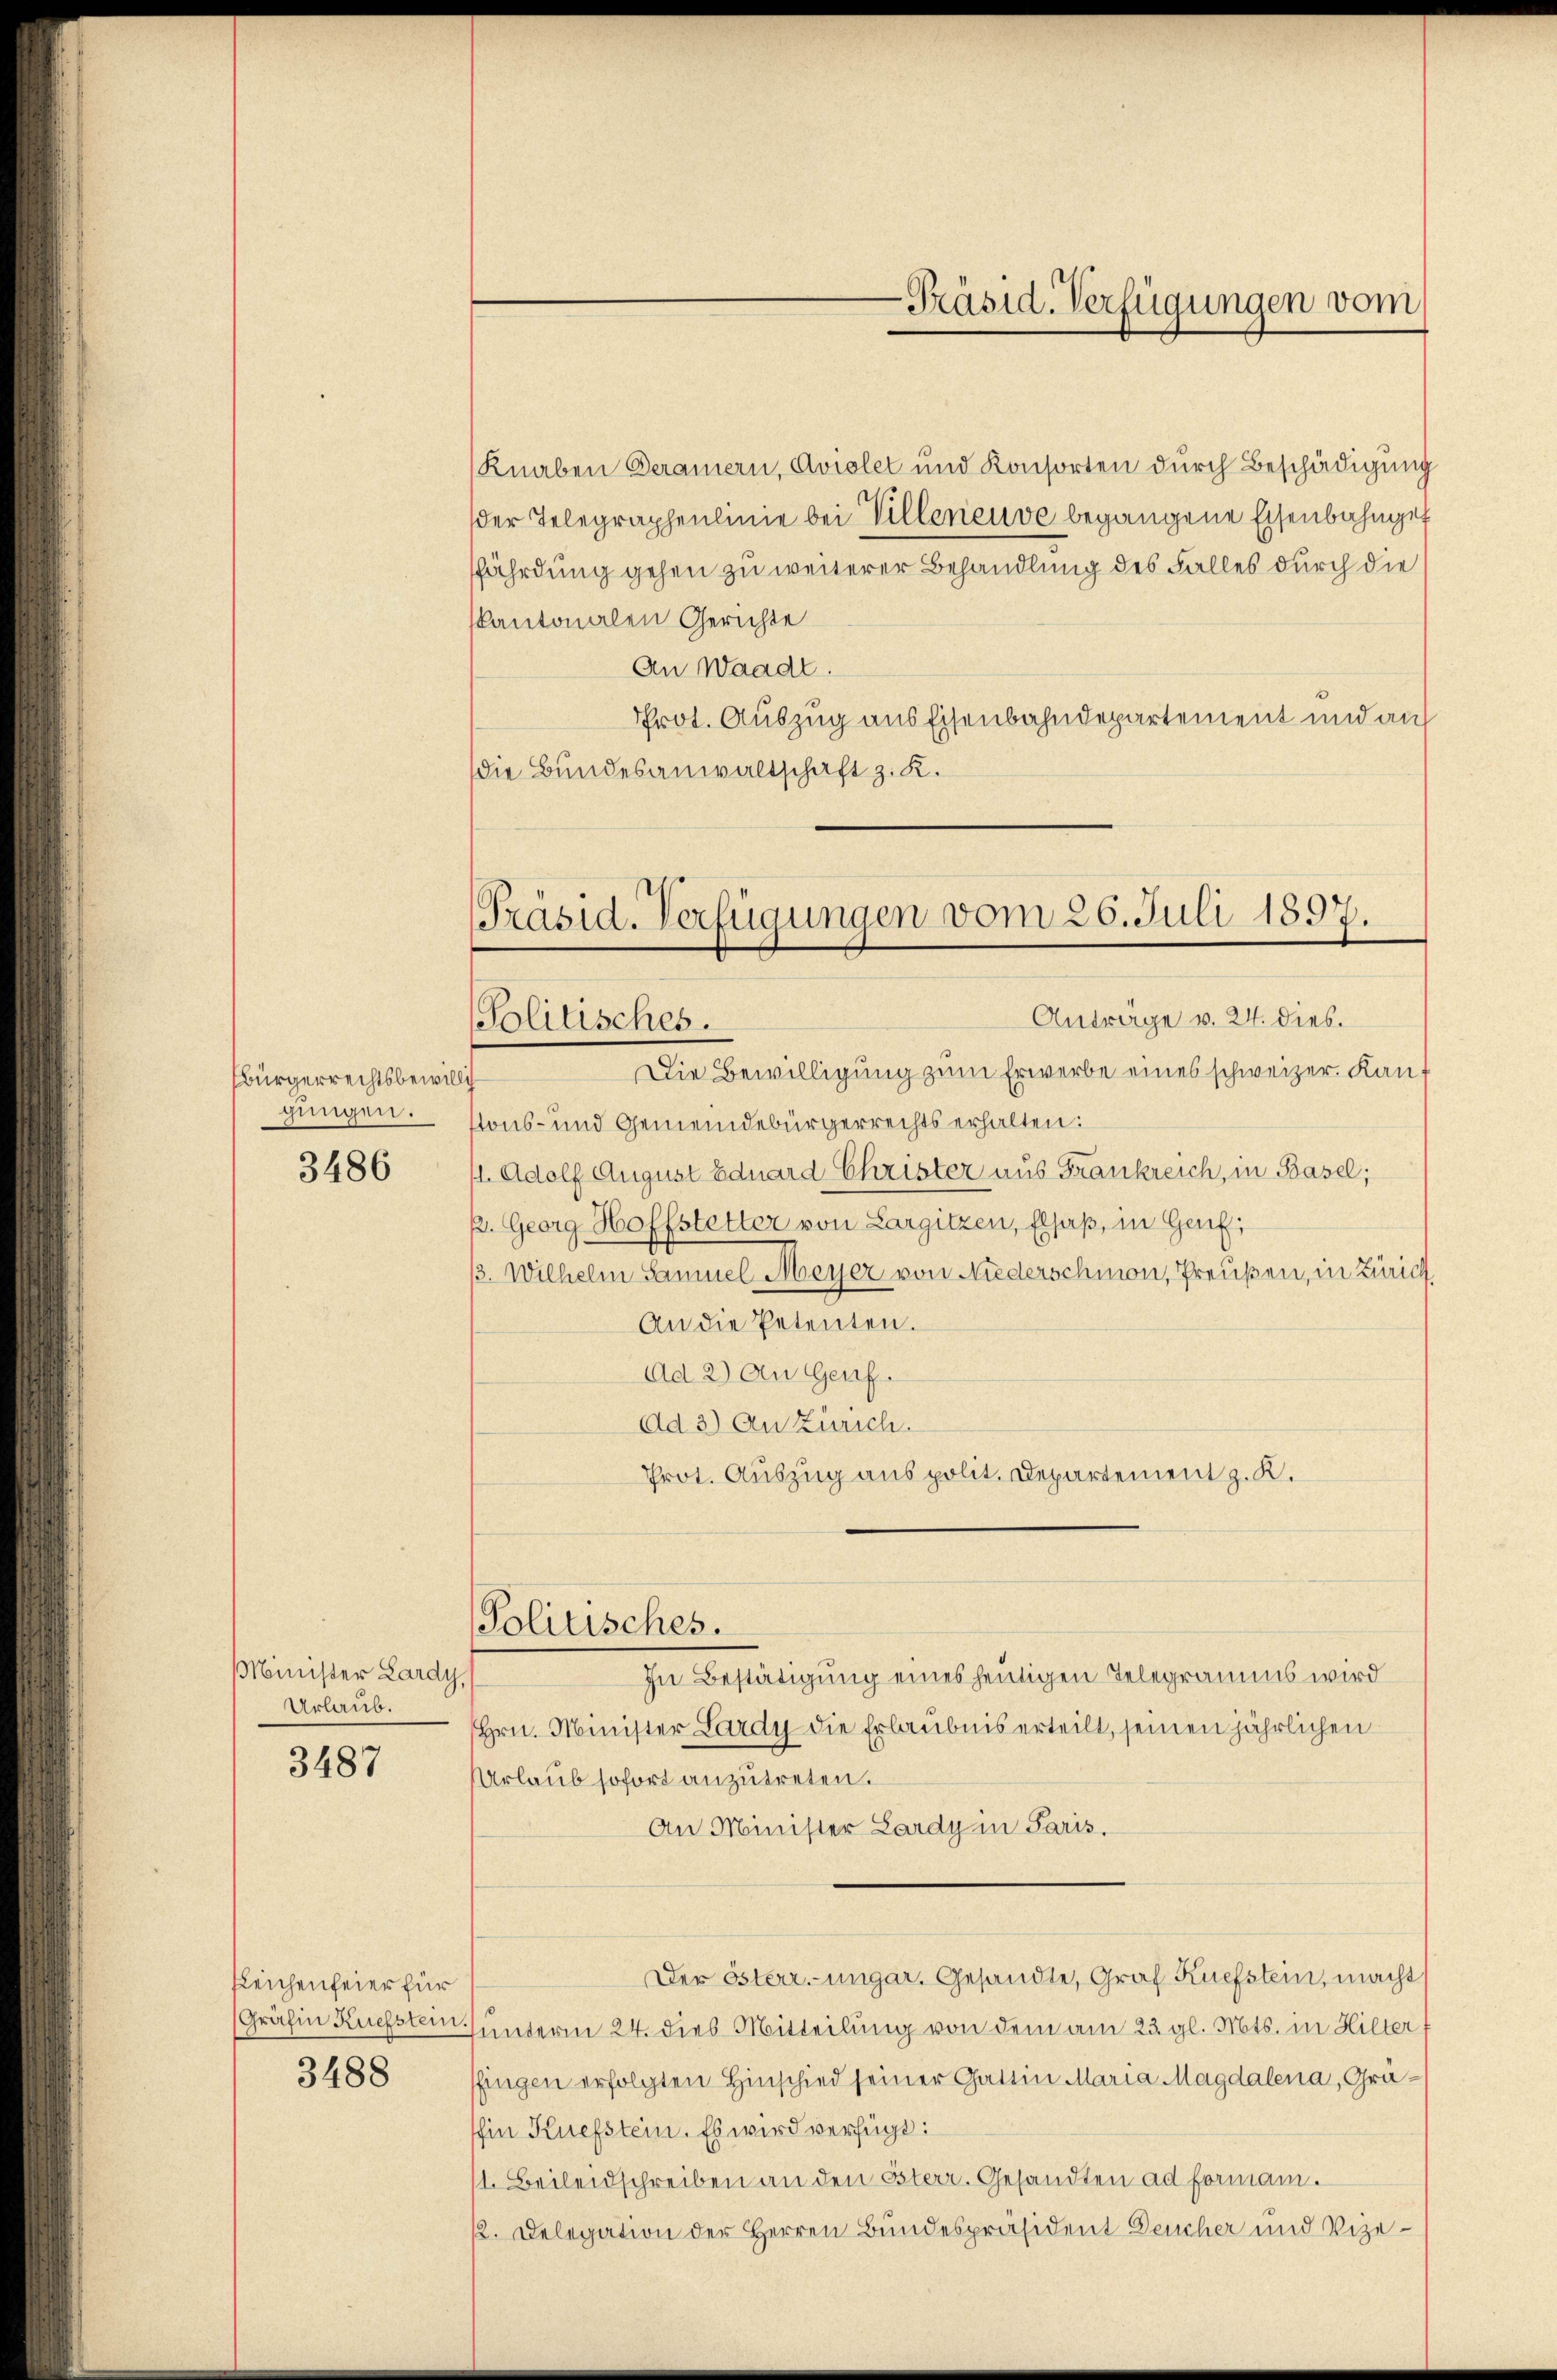
bürgerrechtsbewilli
gungen.

3486

Minister Lardy,
Urlaub.

3487

gleichenfeier für

3488

Knaben Beraiern, Aviolet und Konsorten durch Beschädigung
der Telegraphenlinie bei Villeneuve begangene Eisenbahngef
fährdung gehen zu weiterer Behandlung des Falles durch die
kantonalen Gerichte
An Waadt.
Prot. Auszug aus Eisenbahndepartement und auf
die Bundesanwaltschaft z. R.

Präsid. Verfügungen vom 26. Juli 1897.
Anträge v. 24. dies
Politisches.

Die Bewilligung zum Erwerbe eines schweizer. Kauf
g
tons- und Gemeindebürgerrechts erhalten:
1. Adolf August Eduard Christer aus Frankreich, in Basel;
p. Georg Hoffstetter von Largitzen, Elsaß, in Genf;
3. Wilhelm Sammel Meyer von Niederschmon, Preußen, in Zürich
An die Petenten.
Ad 2) An Genf.
Ad 3) An Zürich.
Prot. Auszug aus polit. Departement z. K.

Politisches.

In Bestätigung eines heutigen Telegramms wird
Hrn. Minister Lardy die Erlaubnis erteilt, seinen jährlichen
Urlaub sofort anzutreten.
An Minister Lardy in Paris.
Der Österr. ungar. Gesandte, Graf Küefstein, macht
(Gräfin Kuefstein unterm 24. dies Mitteilung von dem am 23. gl. Mts. in Hilter f
fingen erfolgten Hinschied seiner Gattin Maria Magdalena, Gräshin Kuefstein. Es wird verfügt:
11. Beileidschreiben an den österr. Gesandten ad formani.
12. Delegation der Herren Bundespräsident Deucher und Vize-

-Präsid. Verfügungen vom